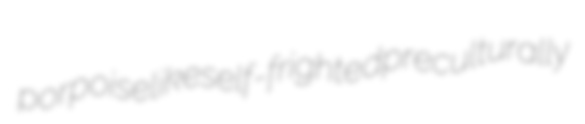
porpoiselike self-frighted preculturally